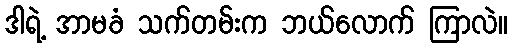
ဒါရဲ့ အာမခံ သက်တမ်းက ဘယ်လောက် ကြာလဲ။